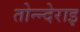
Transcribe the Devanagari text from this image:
तोन्न्देराइ